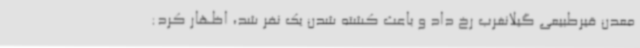
معدن قیرطبیعی گیلانغرب رخ داد و باعث کشته شدن یک نفر شد، اظهار کرد: